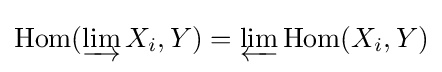
\mathrm {Hom} (\varinjlim X_{i},Y)=\varprojlim \mathrm {Hom} (X_{i},Y)